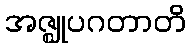
အဇ္ဈုပဂတာတိ